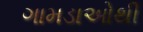
ગામડાઓથી